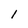
Character: I